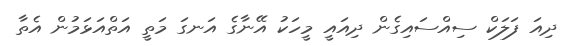
ދިއަ ފަލަކް ސިއްސައިގެން ދިއައީ މީހަކު އޭނާގެ އަނގަ މަތީ އަތްއަޅަމުން އެތާ